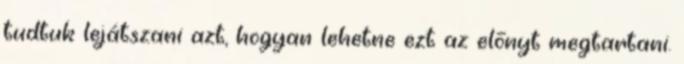
tudtuk lejátszani azt, hogyan lehetne ezt az előnyt megtartani.